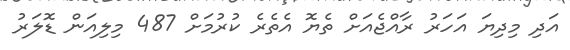
އަދި މިދިޔަ އަހަރު ރާއްޖެއަށް ތެޔޮ އެތެރެ ކުރުމަށް 487 މިލިއަން ޑޮލަރު